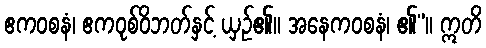
ဧကဝစနံ၊ ဧကဝုစ်ဝိဘတ်နှင့် ယှဉ်၏။ အနေကဝစနံ၊ ၏”။ ဣတိ